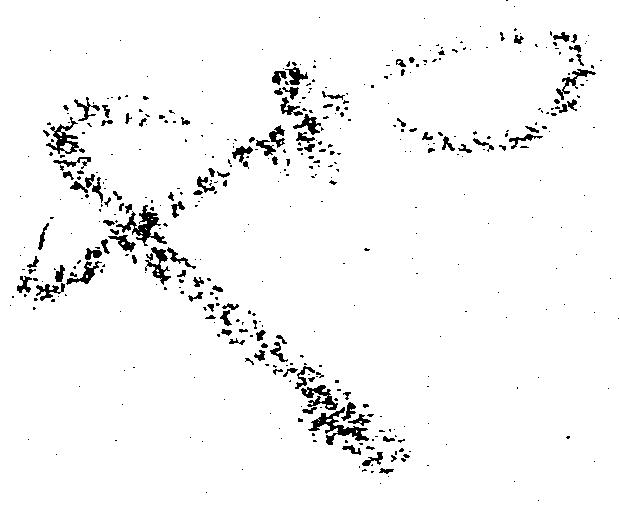
也